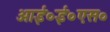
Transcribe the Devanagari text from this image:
आई०ई०एस०